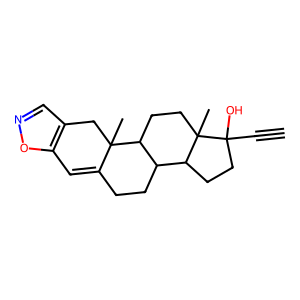
SMILES: C#CC1(O)CCC2C3CCC4=Cc5oncc5CC4(C)C3CCC21C
Inhibits HIV replication: No